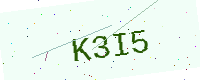
Text: K3I5